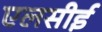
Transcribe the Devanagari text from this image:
एलसीई